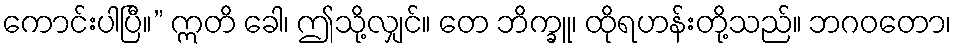
ကောင်းပါပြီ။” ဣတိ ခေါ၊ ဤသို့လျှင်။ တေ ဘိက္ခူ၊ ထိုရဟန်းတို့သည်။ ဘဂဝတော၊